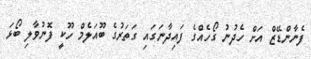
ފެނާންޑޭޒް އަށް ހެދުނު ގޯހެއްގެ ފައިދާނަގައި ގަތަރުގެ ބޫއަލެމް ހޫކީ ފޮނުވާލި ބޯޅަ